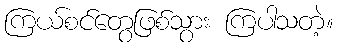
ကြယ်စင်တွေဖြစ်သွား ကြပါသတဲ့။